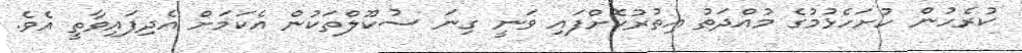
ކުރެހުން ހުށަހެޅުމުގެ މުއްދަތު އިތުރުކޮށްފައި ވަނީ ގިނަ ސުކޫލްތަކުން އެކަމަށް އެދިފައިވާތީ އެވެ.